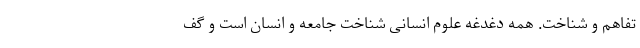
تفاهم و شناخت. همه دغدغه علوم انسانی شناخت جامعه و انسان است و گف